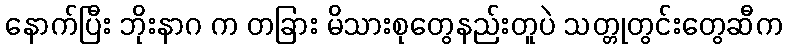
နောက်ပြီး ဘိုးနာဂ က တခြား မိသားစုတွေနည်းတူပဲ သတ္တုတွင်းတွေဆီက